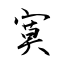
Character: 寞